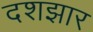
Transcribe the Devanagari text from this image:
दशझार